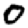
Digit: 0